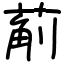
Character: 葪